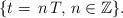
LaTeX: \begin{align*}\{t=\,n\,T,\,n\in\mathbb{Z}\}. \end{align*}